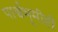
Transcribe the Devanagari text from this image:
पार्श्वभूमीही